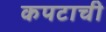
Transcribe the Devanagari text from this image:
कपटाची